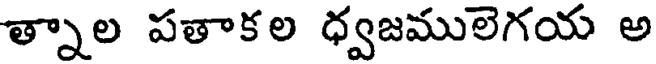
త్నాల పతాకల ధ్వజములెగయ అ